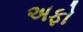
અફો